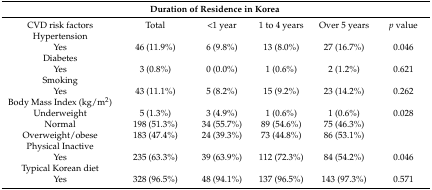
<table><thead><tr><td></td><td colspan="3"><b>Duration of Residence in Korea</b></td><td></td><td></td></tr></thead><tbody><tr><td>CVD risk factors</td><td>Total</td><td>&lt;1 year</td><td>1 to 4 years</td><td>Over 5 years</td><td><i>p</i> value</td></tr><tr><td>Hypertension</td><td></td><td></td><td></td><td></td><td></td></tr><tr><td>Yes</td><td>46 (11.9%)</td><td>6 (9.8%)</td><td>13 (8.0%)</td><td>27 (16.7%)</td><td>0.046</td></tr><tr><td>Diabetes</td><td></td><td></td><td></td><td></td><td></td></tr><tr><td>Yes</td><td>3 (0.8%)</td><td>0 (0.0%)</td><td>1 (0.6%)</td><td>2 (1.2%)</td><td>0.621</td></tr><tr><td>Smoking</td><td></td><td></td><td></td><td></td><td></td></tr><tr><td>Yes</td><td>43 (11.1%)</td><td>5 (8.2%)</td><td>15 (9.2%)</td><td>23 (14.2%)</td><td>0.262</td></tr><tr><td>Body Mass Index (kg/m<sup>2</sup>)</td><td></td><td></td><td></td><td></td><td></td></tr><tr><td>Underweight</td><td>5 (1.3%)</td><td>3 (4.9%)</td><td>1 (0.6%)</td><td>1 (0.6%)</td><td>0.028</td></tr><tr><td>Normal</td><td>198 (51.3%)</td><td>34 (55.7%)</td><td>89 (54.6%)</td><td>75 (46.3%)</td><td></td></tr><tr><td>Overweight/obese</td><td>183 (47.4%)</td><td>24 (39.3%)</td><td>73 (44.8%)</td><td>86 (53.1%)</td><td></td></tr><tr><td>Physical Inactive</td><td></td><td></td><td></td><td></td><td></td></tr><tr><td>Yes</td><td>235 (63.3%)</td><td>39 (63.9%)</td><td>112 (72.3%)</td><td>84 (54.2%)</td><td>0.046</td></tr><tr><td>Typical Korean diet</td><td></td><td></td><td></td><td></td><td></td></tr><tr><td>Yes</td><td>328 (96.5%)</td><td>48 (94.1%)</td><td>137 (96.5%)</td><td>143 (97.3%)</td><td>0.571</td></tr></tbody></table>